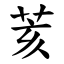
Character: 荄